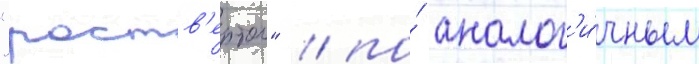
"роств'ертол" / по́ аналог'и́чным